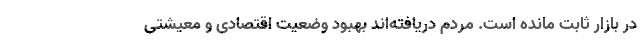
در بازار ثابت مانده است. مردم دریافته‌اند بهبود وضعیت اقتصادی و معیشتی